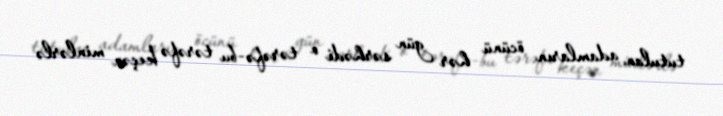
tutulan adamların öcünü hər gün sərhədi o tərəfə-bu tərəfə keçən minlərlə